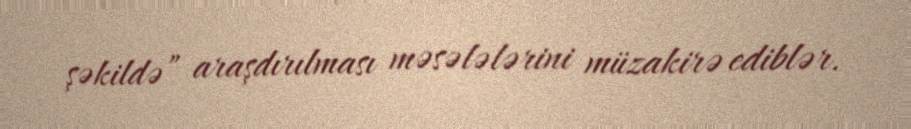
şəkildə” araşdırılması məsələlərini müzakirə ediblər.